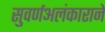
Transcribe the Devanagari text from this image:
सुवर्णअलंकाराने